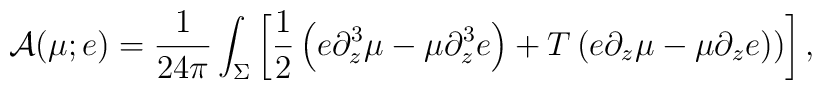
{\cal A}(\mu;e)={1\over 24\pi}\int_\Sigma\left[{1\over 2} \left(e\partial_z^3\mu-\mu\partial_z^3 e\right)+T\left(e\partial_z\mu-\mu\partial_z e)\right)\right],